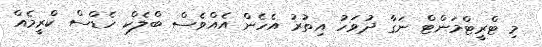
މި ޓްރީޓްމަންޓް ނަގާ ދުވަހު އިތުރު އެހެން އެއްވެސް ބްލެކް ހެޑްސް ކްރީމެއް